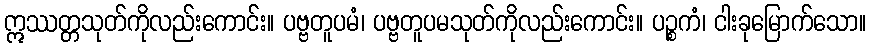
ဣဿတ္တသုတ်ကိုလည်းကောင်း။ ပဗ္ဗတူပမံ၊ ပဗ္ဗတူပမသုတ်ကိုလည်းကောင်း။ ပဉ္စကံ၊ ငါးခုမြောက်သော။